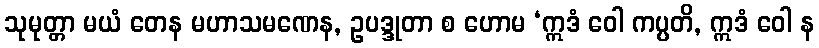
သုမုတ္တာ မယံ တေန မဟာသမဏေန, ဥပဒ္ဒုတာ စ ဟောမ ‘ဣဒံ ဝေါ ကပ္ပတိ, ဣဒံ ဝေါ န